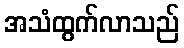
အသံထွက်လာသည်